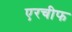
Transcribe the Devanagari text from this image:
एरचीफ